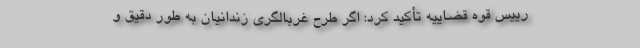
رییس قوه قضاییه تأکید کرد: اگر طرح غربالگری زندانیان به طور دقیق و